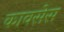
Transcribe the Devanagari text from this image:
कावसेस